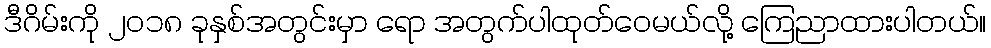
ဒီဂိမ်းကို ၂၀၁၈ ခုနှစ်အတွင်းမှာ ရော အတွက်ပါထုတ်ဝေမယ်လို့ ကြေညာထားပါတယ်။